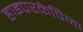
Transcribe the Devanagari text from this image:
हाइपरकैपिना